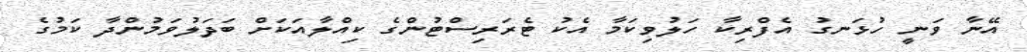
އޭނާ ވަނީ ހުޅަނގު އެފްރިކާ ހަލުވިކަމާ އެކު ޓެރަރިސްޓުންގެ ކިއްލާއަކަށް ބަދަލުވަމުންދާ ކަމުގެ